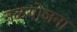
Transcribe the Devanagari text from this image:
नळयोजना